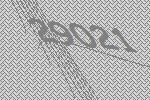
29021